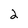
Character: 2